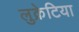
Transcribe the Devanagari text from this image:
लुक्रेटिया